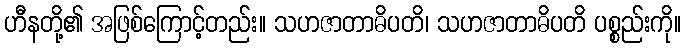
ဟီနတို့၏ အဖြစ်ကြောင့်တည်း။ သဟဇာတာဓိပတိ၊ သဟဇာတာဓိပတိ ပစ္စည်းကို။